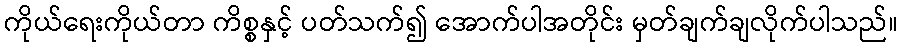
ကိုယ်ရေးကိုယ်တာ ကိစ္စနှင့် ပတ်သက်၍ အောက်ပါအတိုင်း မှတ်ချက်ချလိုက်ပါသည်။